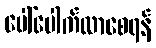
ပေါ်ပေါက်လာစေရန်